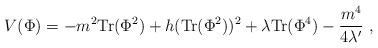
LaTeX: \begin{align*}V(\Phi ) = -m^2 {\rm Tr}(\Phi^2) + h ({\rm Tr}(\Phi^2))^2 + \lambda {\rm Tr}(\Phi^4) - {{m^4} \over {4\lambda '}} \ ,\end{align*}